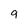
Character: 9